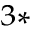
^ { 3 \ast }